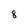
Character: 8